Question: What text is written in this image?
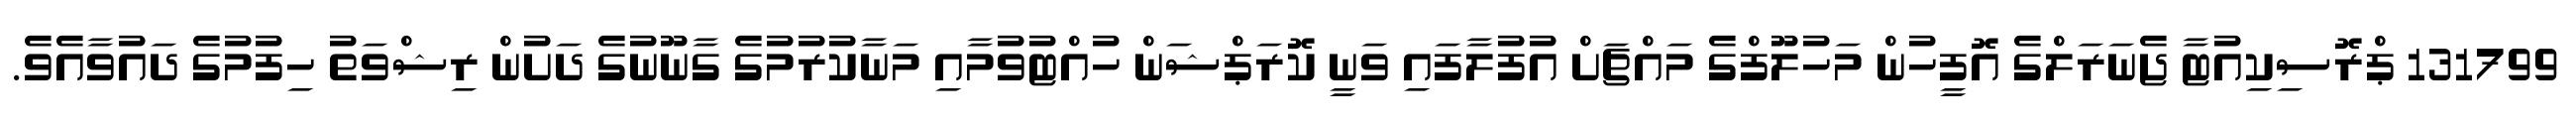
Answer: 131799 ޕްރޮސިކިއުޓާ ޖެނަރަލްގެ އޮފީހުން މަހުލޫފްގެ މައްޗަށް އުފުލާފައި ވަނީ ކޮރަޕްޝަން ހުއްޓުވުމާއި މަނާކުރުމުގެ ގާނޫނުގެ ދަށުން ރިޝްވަތު ހިފުމުގެ ދައުވާއެވެ.